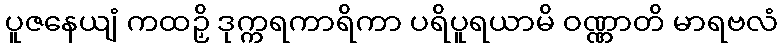
ပူဇနေယျံ ကထဉှိ ဒုက္ကရကာရိကာ ပရိပူရယာမိ ဝဏ္ဏာတိ မာရဗလံ